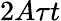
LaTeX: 2A\tau t